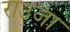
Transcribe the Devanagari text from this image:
राउजा